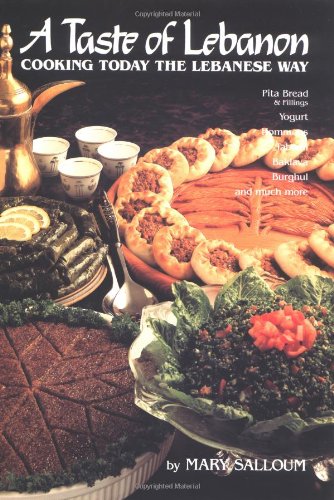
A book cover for A Taste of Lebanon: Cooking Today the Lebanese Way; Mary Salloum; Cookbooks, Food & Wine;